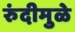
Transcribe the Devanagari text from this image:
रुंदीमुळे